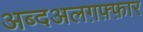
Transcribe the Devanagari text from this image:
अब्दअलग़फ़्फ़ार